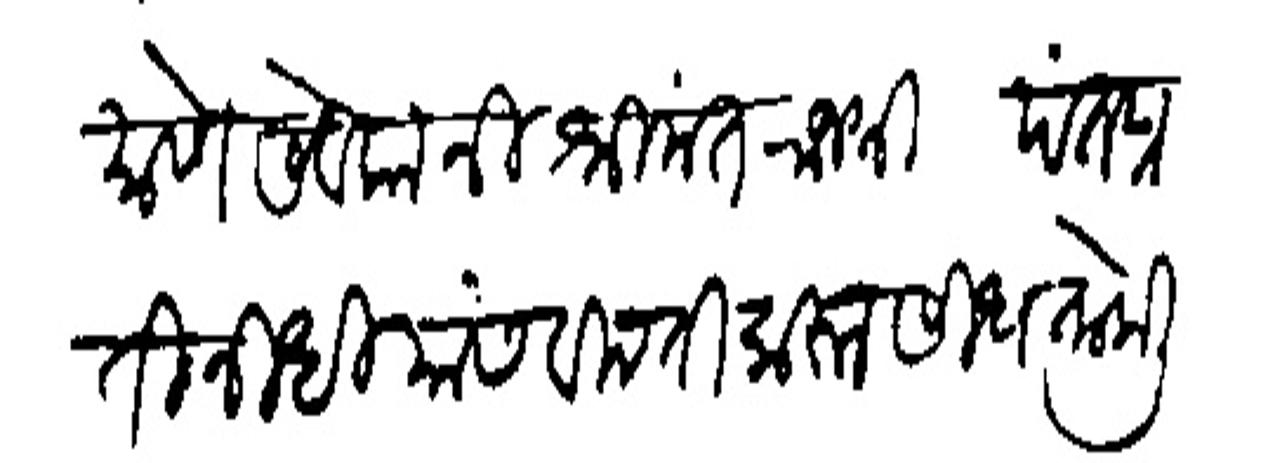
Transliteration (Devanagari): आज्ञेप्रमाणे सेवकानी श्रीमंत राजश्री पंतप्रतिनिधी यांस विनंती करुन सिधता केली